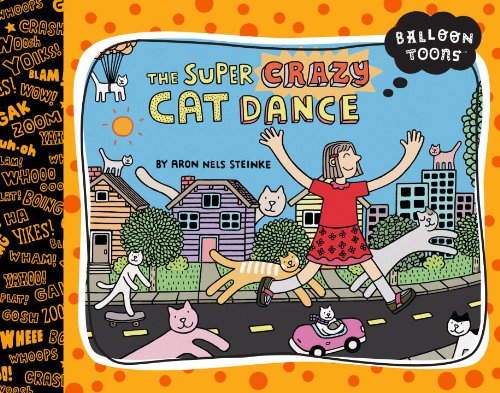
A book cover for The Super Crazy Cat Dance (Balloon Toons); Children's Books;